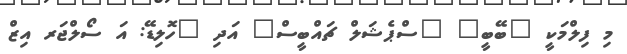
މި ފިލްމަކީ "ބޭބީ" "ސްޕެޝަލް ޗައްބީސް" އަދި "ހޮލިޑޭ: އަ ސޯލްޖަރ އިޒް